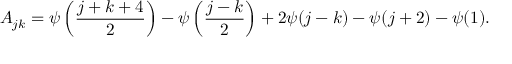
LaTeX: A _ { j k } = \psi \left( \frac { j + k + 4 } { 2 } \right) - \psi \left( \frac { j - k } { 2 } \right) + 2 \psi ( j - k ) - \psi ( j + 2 ) - \psi ( 1 ) . \nonumber